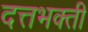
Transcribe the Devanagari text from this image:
दत्तभक्ती